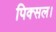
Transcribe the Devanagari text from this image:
पिक्सल।